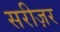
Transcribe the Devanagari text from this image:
सरीज़र